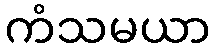
ကံသမယာ